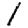
Digit: 1